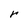
Character: r